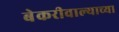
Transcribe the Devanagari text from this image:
बेकरीवाल्याच्या